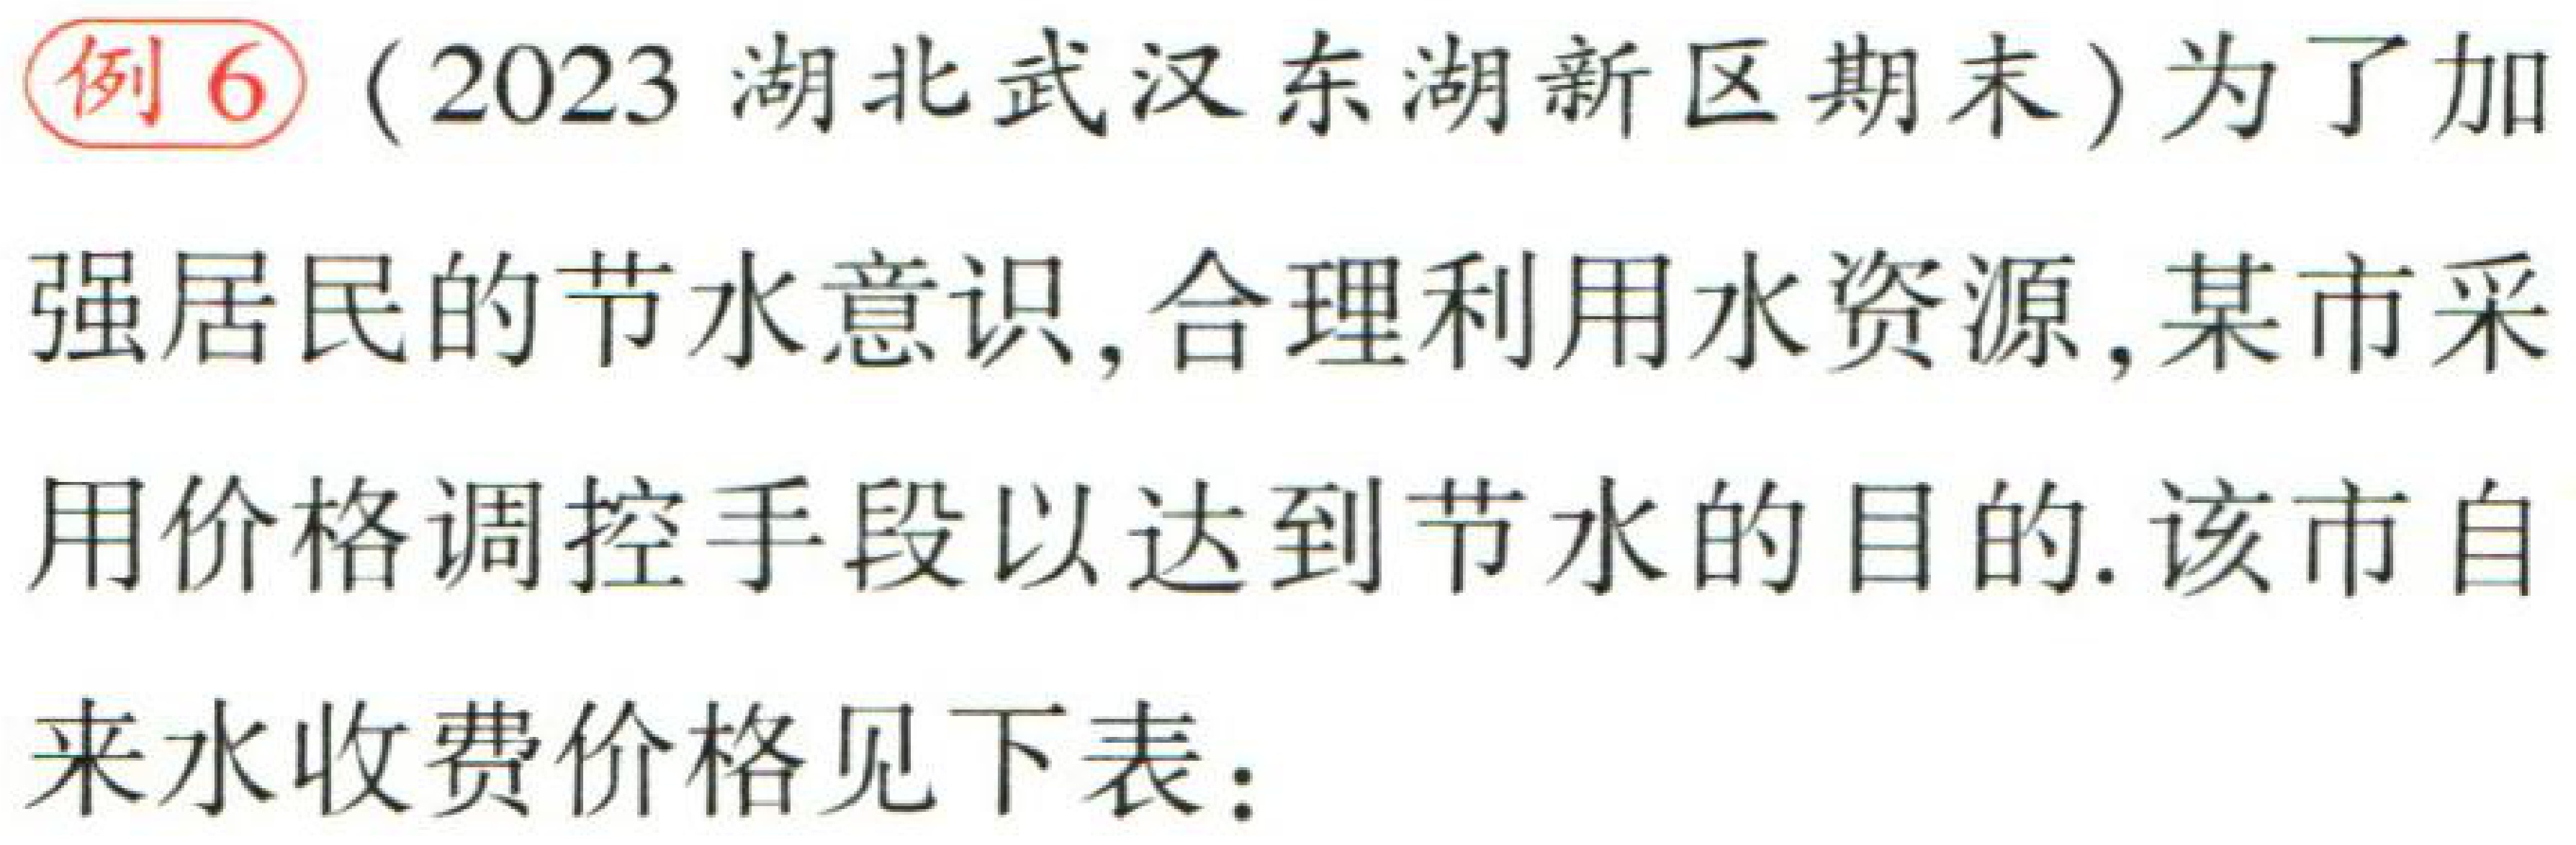
例6（2023 湖北武汉东湖新区期末）为了加强居民的节水意识,合理利用水资源,某市采用价格调控手段以达到节水的目的.该市自来水收费价格见下表：